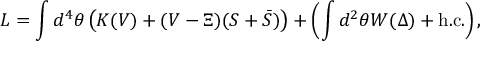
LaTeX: { \cal L } = \int d ^ { 4 } \theta \left( K ( V ) + ( V - \Xi ) ( S + \bar { S } ) \right) + \left( \int d ^ { 2 } \theta W ( \Delta ) + \mathrm { h . c . } \right) ,